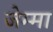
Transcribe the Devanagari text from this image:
जेम्मा